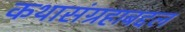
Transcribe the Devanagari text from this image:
कथासंग्रहाबद्दल